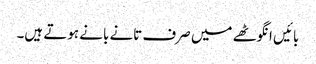
بائیں انگوٹھے میں صرف تانے بانے ہوتے ہیں۔